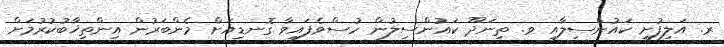
ރ. އަލިފުށީ ކައުންސިލާއި ވ. ތިނަދޫ ކައުންސިލުން ހުސްވެފައިވާ ގޮނޑިއަށް މެންބަރުން އިންތިޚާބުކުރުމަށް